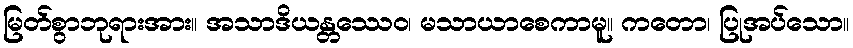
မြတ်စွာဘုရားအား။ အသာဒိယန္တဿေဝ၊ မသာယာစေကာမူ။ ကတော၊ ပြုအပ်သော။